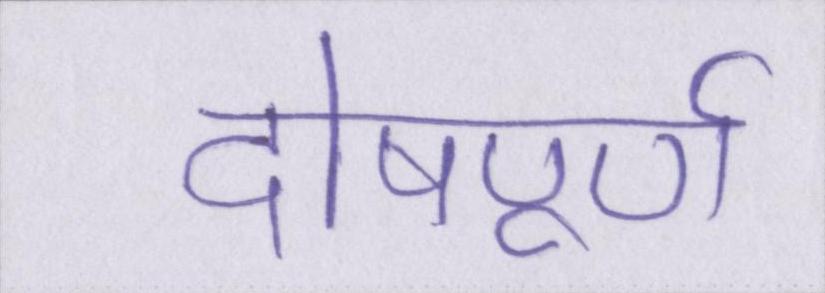
दोषपूर्ण